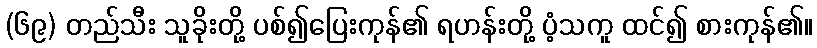
(၆၉) တည်သီး သူခိုးတို့ ပစ်၍ပြေးကုန်၏ ရဟန်းတို့ ပံ့သကူ ထင်၍ စားကုန်၏။